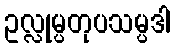
ဥလ္လုမ္ပတုပသမ္ပဒါ